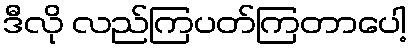
ဒီလို လည်ကြပတ်ကြတာပေါ့